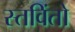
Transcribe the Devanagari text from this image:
स्तविंतो